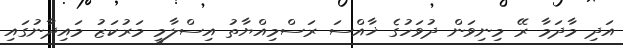
އަދި މާދަމާ ރޭ މިނިވަން ދުވަހުގެ ޚާއްސަ ރަސްމިއްޔާތު އިސްލާމީ މަރުކަޒު މައިދާނުގައި